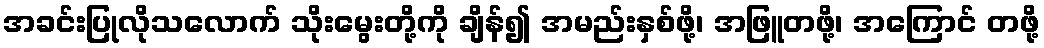
အခင်းပြုလိုသလောက် သိုးမွေးတို့ကို ချိန်၍ အမည်းနှစ်ဖို့၊ အဖြူတဖို့၊ အကြောင် တဖို့